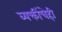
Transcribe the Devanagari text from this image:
व्यक्तींचेही